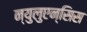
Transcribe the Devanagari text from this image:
न्युलुएन्सिस